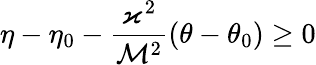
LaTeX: \eta-\eta_{0}-\frac{\varkappa^{2}}{\mathcal{M}^{2}}(\theta-\theta_{0})\geq 0